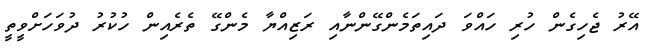
އޭރު ޖެހިގެން ހުރި ހައްވަ ދައިތަމެންގޭންނާއި ރަޒިއްޔާ މެންގޭ ތެރެއިން ހުކުރު ދުވަހަށްވީތީ